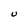
Character: U